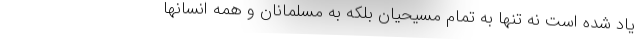
یاد شده است نه تنها به تمام مسیحیان بلکه به مسلمانان و همه انسانها